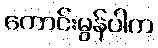
ကောင်းမွန်ပါက